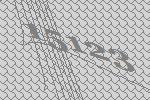
15123